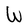
Character: W